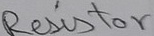
Text: Resistor